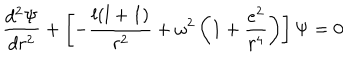
\frac { d ^ { 2 } \Psi } { d r ^ { 2 } } + \left[ - \frac { l ( l + 1 ) } { r ^ { 2 } } + \omega ^ { 2 } \left( 1 + \frac { e ^ { 2 } } { r ^ { 4 } } \right) \right] \Psi = 0